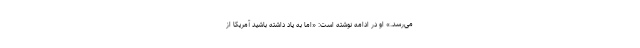
می‌رسد.» او در ادامه نوشته است: «اما به یاد داشته باشید آمریکا از